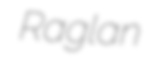
Raglan